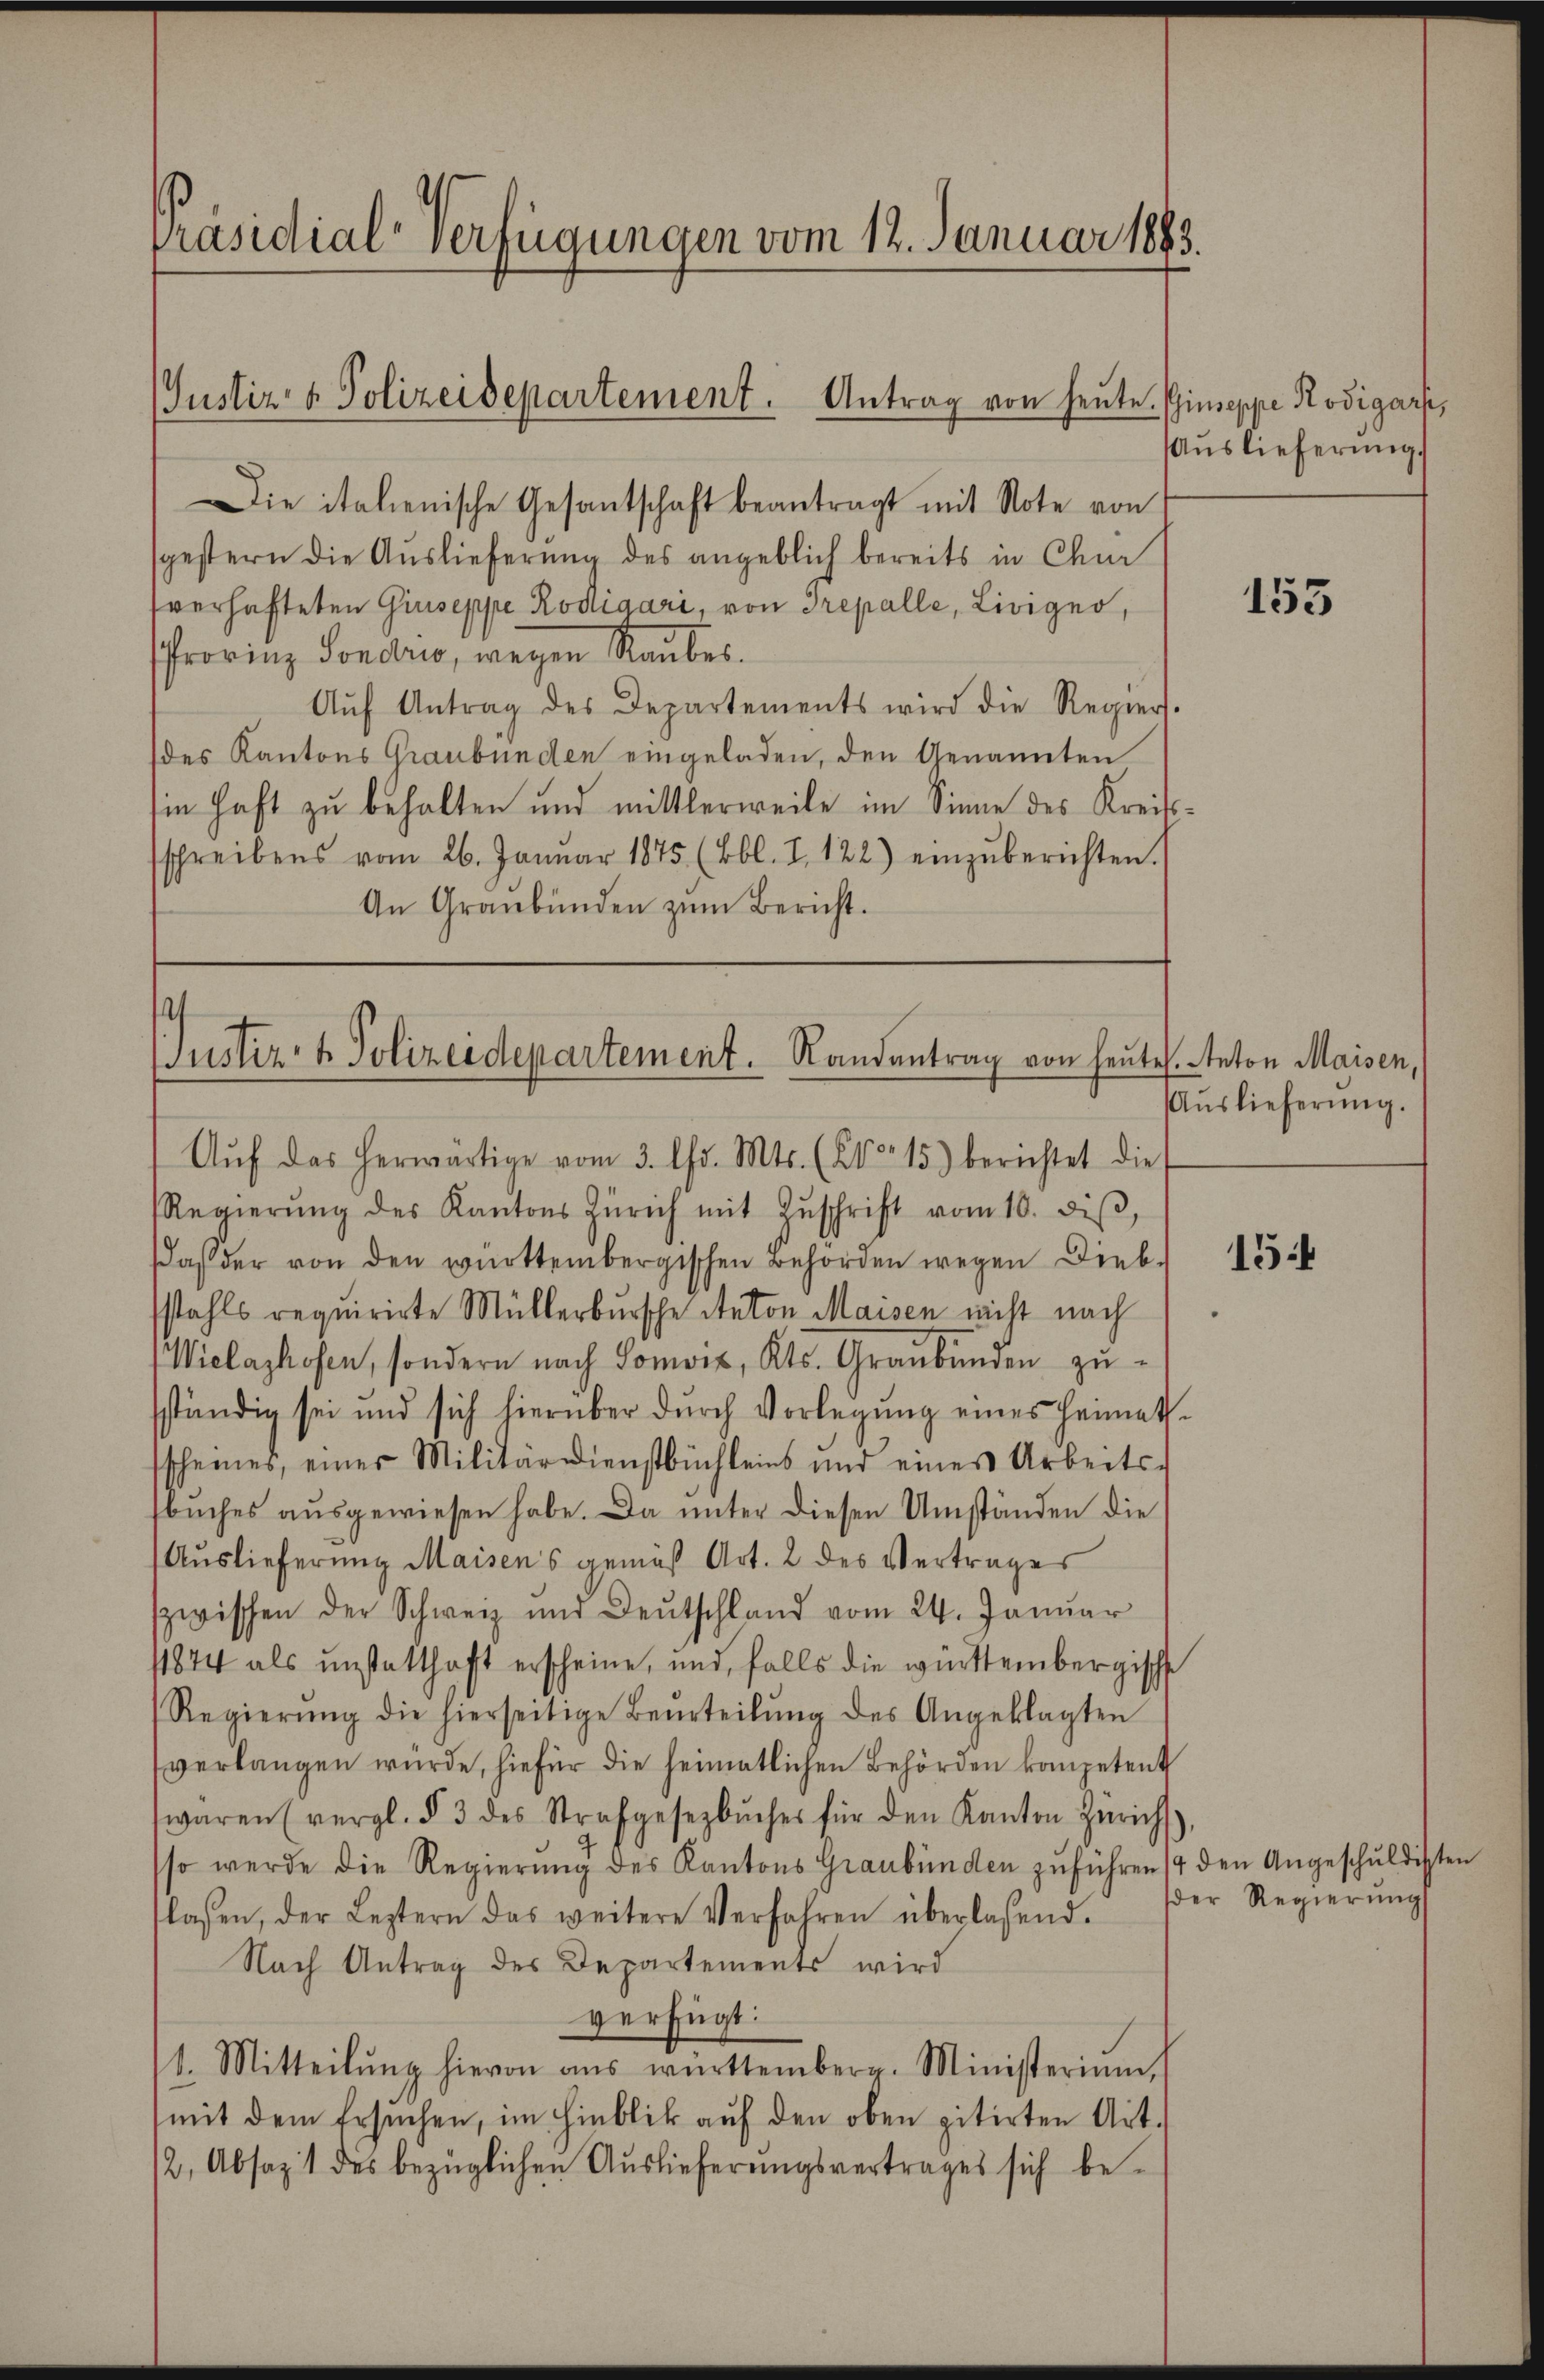
Präsidialverfügungen vom 12. Januar 1883.

Justiz & Polizeidepartement. Antrag von heute. Giuseppe Rodigarsi,

Die italienische Gesantschaft beantragt mit Note von
gestern die Auslieferung des angeblich bereits in Chur
sverhafteten Giuseppe Rodigari, von Trepalle, Livigno,
Pfrovinz Sondrio, wegen Raubes.
Aŭf Antrag des Departements wird die Regier-
des Kantons Graubünden eingeladen, den Genannten
sie haft zu behalten und mittlerweile im Sinne des Kreisschreibens vom 26. Januar 1875 (Bbl. I 122) einzŭberichten.
An Graubünden zum Bericht.

t
Justiz- & Polizeidepartement. Randantrag von heutes. Anton Maisen,
Aŭf das herwärtige vom 3. Chr. Mts. (24 15) berichtet die

Regierŭng des Kantons Zürich mit Zŭschrift vom 10. diβ,
daß der von den württembergischen Behörden wegen Diebstahls requirirte Müllerbursche Anton Maisen nicht nach
Wielachofen, sondern nach Lonvis, Kts. Graubünden zusständig sei und sich hierüber dŭrch Vorlegŭng eines Heimat-
scheines, einer Militärdienstbüchleins und eines Arbeits-
buches ausgewiesen habe. Da unter diesen Umständen die
Auslieferung Maisen's gemäß Art. 2 des Vertrages
zwischen der Schweiz und Deutschland vom 24. Janŭar
11844 als unstatthaft erscheine, und falls die württembergische
Regierŭng die hierseitige Beurteilŭng des Angeklagten
verlangen wurde, hiefür die heimatlichen Behörden kompetent
waren (vergl. § 3 des Strafgesezbŭcher für den Kanton Zürich
so werde die Regierung des Kantons Graubünden zuführen 14 den Angeschŭldigsten
flassen, der Leztern das weitere Verfahren überlassend.
Nach Antrag des Departements wird
verfügt:
1. Mitteilŭng hievon aŭs württemberg. Ministerium
mit dem Ersuchen, im Hinblik aŭf den oben zitirten Art.
2, Absaz 1 des bezüglichen Auslieferungsvertrages sich be-

Auslieferung.

153

Auslieferŭng.

154

der Regierung